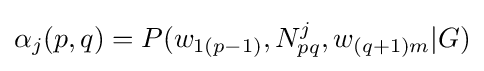
\alpha _{j}(p,q)=P(w_{1(p-1)},N_{pq}^{j},w_{(q+1)m}|G)